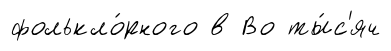
фолькло́рного в Во ты́с'яч